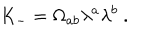
LaTeX: K _ { - } = \Omega _ { a b } \lambda ^ { a } \lambda ^ { b } \ .